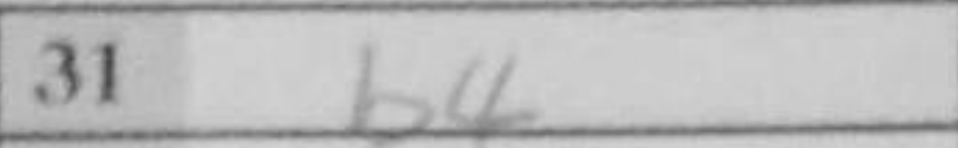
Transcription: b4